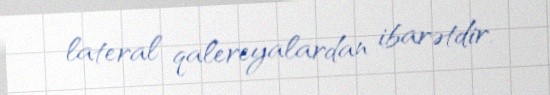
lateral qalereyalardan ibarətdir.